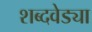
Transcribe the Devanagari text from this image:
शब्दवेड्या